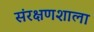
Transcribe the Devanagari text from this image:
संरक्षणशाला